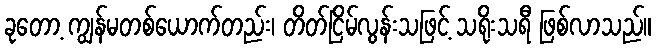
ခုတော့ ကျွန်မတစ်ယောက်တည်း၊ တိတ်ငြိမ်လွန်းသဖြင့် သရိုးသရီ ဖြစ်လာသည်။